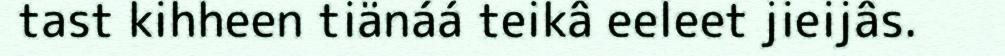
tast kihheen tiänáá teikâ eeleet jieijâs.